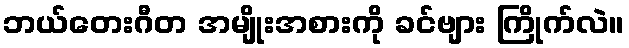
ဘယ်တေးဂီတ အမျိုးအစားကို ခင်ဗျား ကြိုက်လဲ။